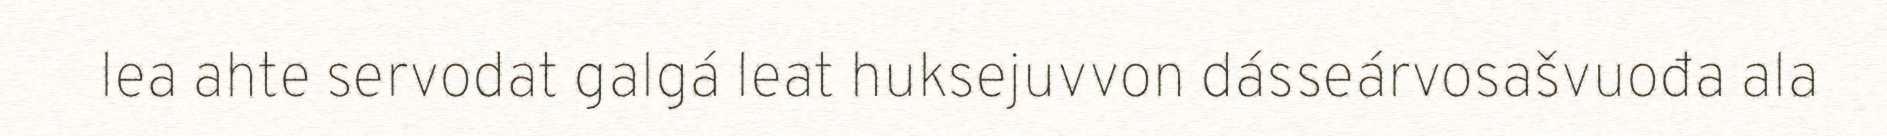
lea ahte servodat galgá leat huksejuvvon dásseárvosašvuođa ala